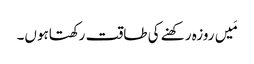
مَیں روزہ رکھنے کی طاقت رکھتاہوں۔